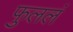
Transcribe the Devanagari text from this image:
फुललं